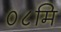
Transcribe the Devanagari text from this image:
०८मि